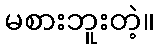
မစားဘူးတဲ့။